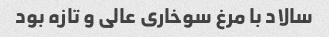
سالاد با مرغ سوخاری عالی و تازه بود